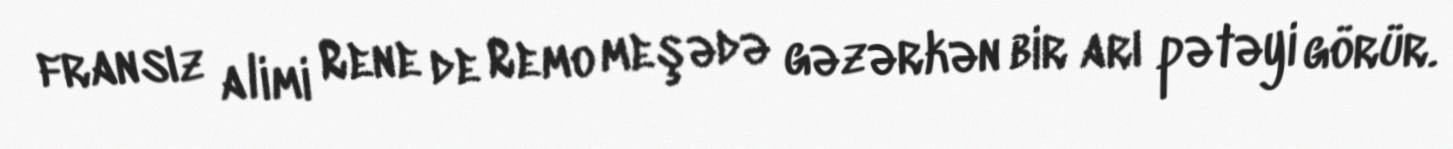
fransız alimi Rene de Remo meşədə gəzərkən bir arı pətəyi görür.